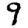
Digit: 9